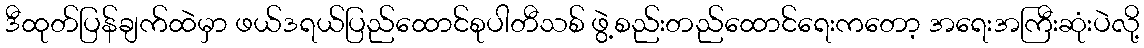
ဒီထုတ်ပြန်ချက်ထဲမှာ ဖယ်ဒရယ်ပြည်ထောင်စုပါတီသစ် ဖွဲ့စည်းတည်ထောင်ရေးကတော့ အရေးအကြီးဆုံးပဲလို့